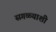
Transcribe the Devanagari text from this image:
सगळ्याशी